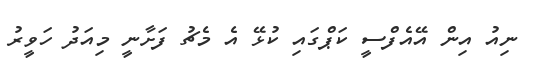
ނިއު އިން އޭއެފްސީ ކަޕްގައި ކުޅޭ އެ މެޗު ފަށާނީ މިއަދު ހަވީރު